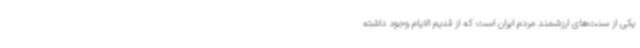
یکی از سنت‌های ارزشمند مردم ایران است که از قدیم الایام وجود داشته